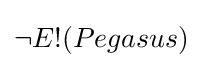
\lnot E!(Pegasus)